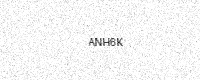
Text: ANH6K